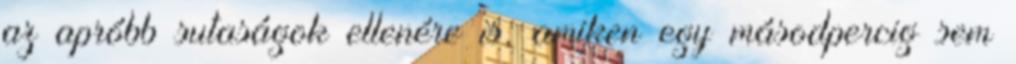
az apróbb sutaságok ellenére is, amiken egy másodpercig sem